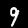
Label: 9